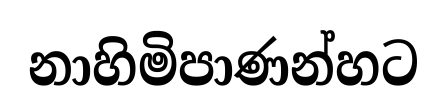
නාහිමිපාණන්හට